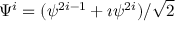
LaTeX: \Psi ^ { i } = ( \psi ^ { 2 i - 1 } + \imath \psi ^ { 2 i } ) / \sqrt 2